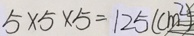
5 \times 5 \times 5 = 1 2 5 ( c m ^ { 2 } )